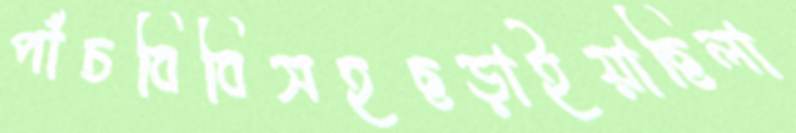
পাঁচবিবিসহছড়াইয়াছিলা